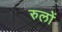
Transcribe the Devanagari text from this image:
रुलों